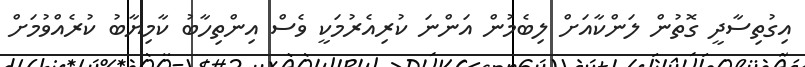
އިގުތިސާދީ ގޮތުން ލަންކާއަށް ލިބެމުން އަންނަ ކުރިއެރުމަކީ ވެސް އިންތިހާބު ކާމިޔާބު ކުރެއްވުމަށް